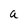
Character: a